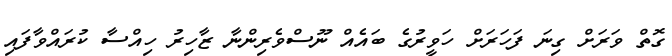
ގޮތް ވަރަށް ގިނަ ފަހަރަށް ހަވީރުގެ ބައެއް ނޫސްވެރިންނާ ޒާހިރު ހިއްސާ ކުރައްވާފައި